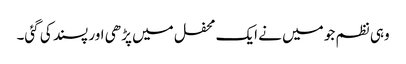
وہی نظم جو میں نے ایک محفل میں پڑھی اور پسند کی گئی۔